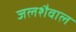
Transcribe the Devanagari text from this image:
जलशैवाल